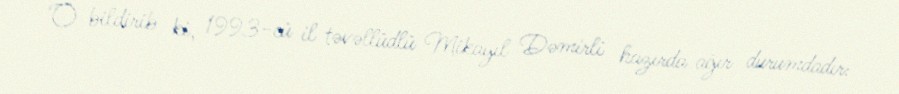
O bildirib ki, 1993-cü il təvəllüdlü Mikayıl Dəmirli hazırda ağır durumdadır: